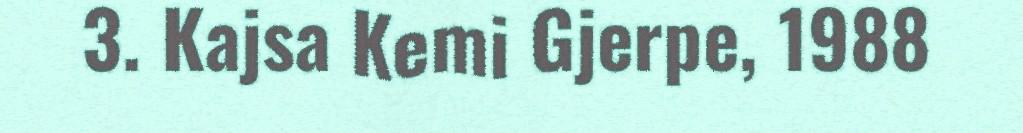
3. Kajsa Kemi Gjerpe, 1988